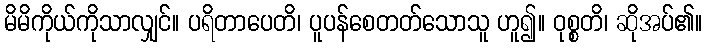
မိမိကိုယ်ကိုသာလျှင်။ ပရိတာပေတိ၊ ပူပန်စေတတ်သောသူ ဟူ၍။ ဝုစ္စတိ၊ ဆိုအပ်၏။